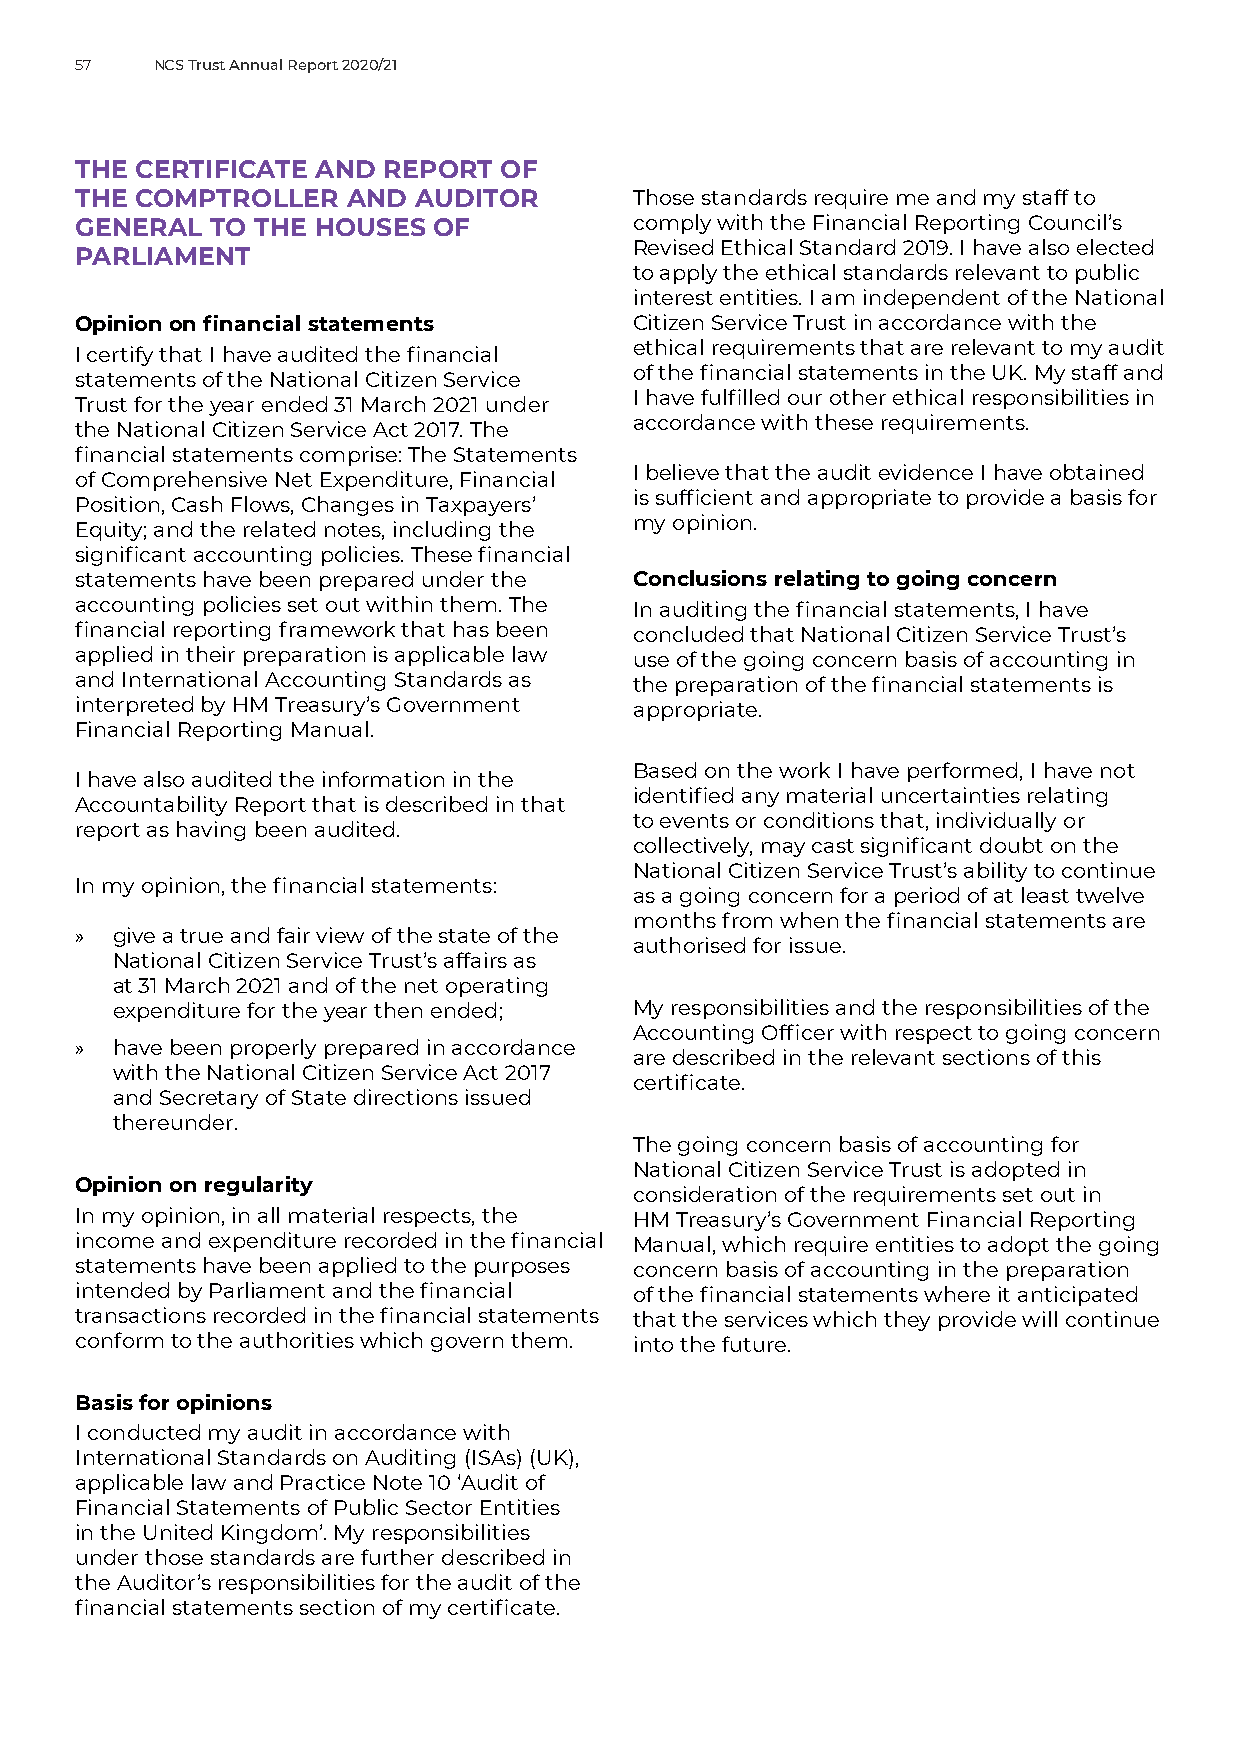
57   NCS Trust Annual Report 2020/21
 THE CERTIFICATE AND REPORT  OF
 THE COMPTROLLER   AND  AUDITOR       Those standards require me and my staff to
 GENERAL  TO THE HOUSES  OF           comply with the Financial Reporting Council’s
 Revised Ethical Standard 2019. I have also elected
 PARLIAMENT
 to apply the ethical standards relevant to public
 interest entities. I am independent of the National
 Opinion on financial statements      Citizen Service Trust in accordance with the
 ethical requirements that are relevant to my audit
 I certify that I have audited the financial
 of the financial statements in the UK. My staff and
 statements of the National Citizen Service
 I have fulfilled our other ethical responsibilities in
 Trust for the year ended 31 March 2021 under
 accordance with these requirements.
 the National Citizen Service Act 2017. The
 financial statements comprise: The Statements
 I believe that the audit evidence I have obtained
 of Comprehensive Net Expenditure, Financial
 is sufficient and appropriate to provide a basis for
 Position, Cash Flows, Changes in Taxpayers’
 my opinion.
 Equity; and the related notes, including the
 significant accounting policies. These financial
 statements have been prepared under the Conclusions relating to going concern
 accounting policies set out within them. The In auditing the financial statements, I have
 financial reporting framework that has been concluded that National Citizen Service Trust’s
 applied in their preparation is applicable law use of the going concern basis of accounting in
 and International Accounting Standards as the preparation of the financial statements is
 interpreted by HM Treasury’s Government appropriate.
 Financial Reporting Manual.
 Based on the work I have performed, I have not
 I have also audited the information in the
 identified any material uncertainties relating
 Accountability Report that is described in that
 to events or conditions that, individually or
 report as having been audited.
 collectively, may cast significant doubt on the
 National Citizen Service Trust’s ability to continue
 In my opinion, the financial statements:
 as a going concern for a period of at least twelve
 months from when the financial statements are
 »  give a true and fair view of the state of the
 authorised for issue.
 National Citizen Service Trust’s affairs as
 at 31 March 2021 and of the net operating
 expenditure for the year then ended; My responsibilities and the responsibilities of the
 Accounting Officer with respect to going concern
 »  have been properly prepared in accordance
 are described in the relevant sections of this
 with the National Citizen Service Act 2017
 certificate.
 and Secretary of State directions issued
 thereunder.
 The going concern basis of accounting for
 National Citizen Service Trust is adopted in
 Opinion on regularity
 consideration of the requirements set out in
 In my opinion, in all material respects, the HM Treasury’s Government Financial Reporting
 income and expenditure recorded in the financial Manual, which require entities to adopt the going
 statements have been applied to the purposes concern basis of accounting in the preparation
 intended by Parliament and the financial of the financial statements where it anticipated
 transactions recorded in the financial statements that the services which they provide will continue
 conform to the authorities which govern them. into the future.
 Basis for opinions
 I conducted my audit in accordance with
 International Standards on Auditing (ISAs) (UK),
 applicable law and Practice Note 10 ‘Audit of
 Financial Statements of Public Sector Entities
 in the United Kingdom’. My responsibilities
 under those standards are further described in
 the Auditor’s responsibilities for the audit of the
 financial statements section of my certificate.